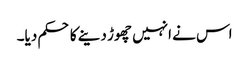
اس نے انہیں چھوڑ دینے کا حکم دیا۔